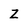
Character: Z